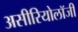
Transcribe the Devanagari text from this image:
असीरियोलॉजी